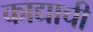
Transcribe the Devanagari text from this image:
काद्याची